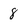
Character: 8